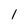
Character: 1